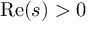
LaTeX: \operatorname { R e } ( s ) > 0